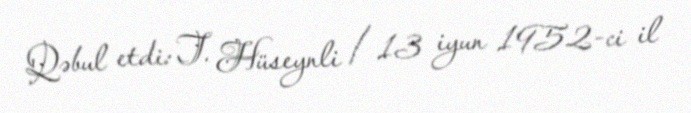
Qəbul etdi: T. Hüseynli / 13 iyun 1952-ci il